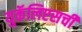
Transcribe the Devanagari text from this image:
युकॅलिप्टसची